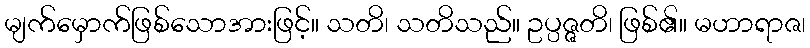
မျက်မှောက်ဖြစ်သောအားဖြင့်။ သတိ၊ သတိသည်။ ဥပ္ပဇ္ဇတိ၊ ဖြစ်၏။ မဟာရာဇ၊